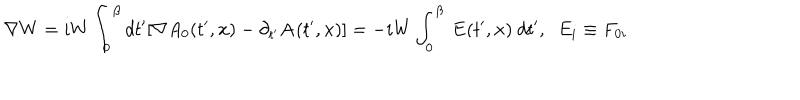
LaTeX: { \bf \nabla } W = i W \int _ { 0 } ^ { \beta } d t ^ { \prime } [ \nabla A _ { 0 } ( t ^ { \prime } , { \bf x } ) - \partial _ { t ^ { \prime } } { \bf A } ( t ^ { \prime } , { \bf x } ) ] = - i W \int _ { 0 } ^ { \beta } ~ { \bf E } ( t ^ { \prime } , { \bf x } ) ~ d t ^ { \prime } , \; \; E _ { i } \equiv F _ { 0 i }